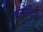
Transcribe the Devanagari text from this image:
कमेंद्रिय